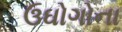
ઉઘોગોના